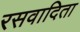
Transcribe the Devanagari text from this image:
रसवादिता